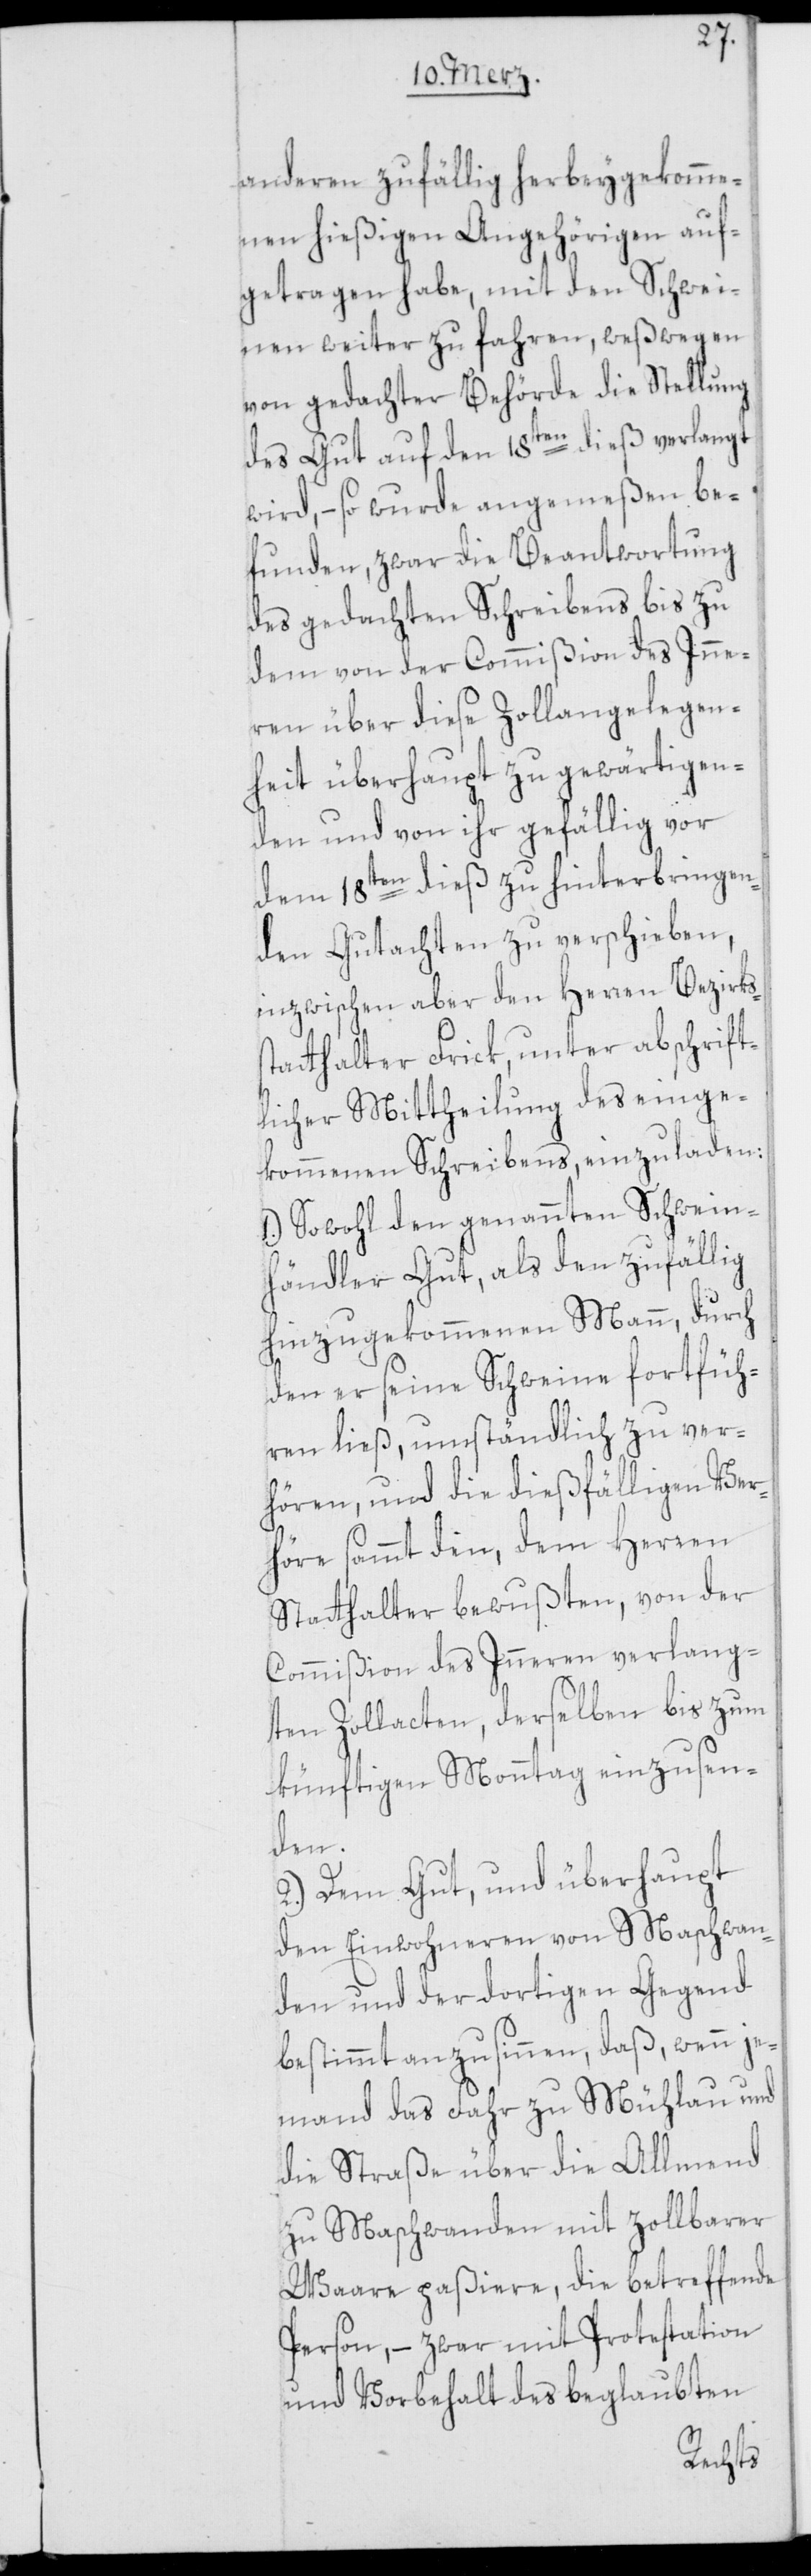
s¬
anderen zufällig herbeygekomme¬
nen hießigen Angehörigen auf¬
getragen habe, mit den Schwei¬
nen weiter zu fahren, weßwegen
von gedachter Behörde die Stellung
des Gut auf den 18ten dieß verlangt
wird, – so wurde angemeßen be¬
funden, zwar die Beantwortung
des gedachten Schreibens bis zu
dem von der Commißion des Inne¬
ren über diese Zollangelegen¬
heit überhaupt zu gewärtigen¬
den und von ihr gefällig vor
dem 18ten dieß zu hinterbringen¬
den Gutachten zu verschieben,
inzwischen aber den Herren Bezirks¬
tatthalter Frick, unter abschrift¬
licher Mittheilung des einge¬
kommenen Schreibens einzuladen:
1.) Sowohl den genannten Schwein¬
händler Gut, als den zufällig
hinzugekommenen Mann, durch
den er seine Schweine fortfüh¬
ren ließ, umständlich zu ver¬
hören, und die dießfälligen Ver¬
höre sammt den, dem Herren
Statthalter bewußten, von der
Commißion des Inneren verlang¬
ten Zollacten, derselben bis zum
künftigen Monntag einzusen¬
den.
2.) Dem Gut, und überhaupt
den Einwohneren von Maschwan¬
den und der dortigen Gegend
bestimmt anzusinnen, daß, wenn je¬
mand das Fahr zu Mühlau und
die Straße über die Allmend
zu Maschwanden mit zollbarer
Ware paßiere, die betreffende
Person, – zwar mit Protestation
und Vorbehalt des beglaubten